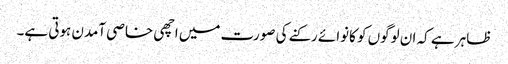
ظاہر ہے کہ ان لوگوں کو کانوائے رکنے کی صورت میں اچھی خاصی آمدن ہوتی ہے۔